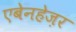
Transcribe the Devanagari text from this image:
एबेनहेज़र